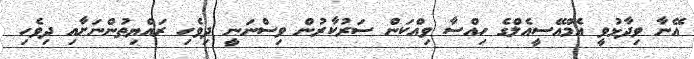
އޭނާ ވިދާޅުވީ އެމްއޭސީއެލްގެ ހިއްސާ ވިއްކަން ސަރުކާރުން ވިސްނަނީ ދިވެހި ރައްޔިތުންނަށާއި ދިވެހި